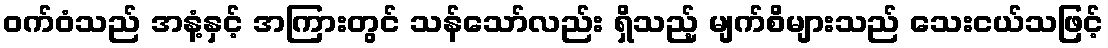
ဝက်ဝံသည် အနံ့နှင့် အကြားတွင် သန်သော်လည်း ရှိသည့် မျက်စိများသည် သေးငယ်သဖြင့်